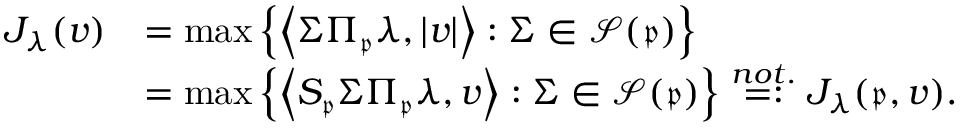
\begin{array} { r l } { J _ { \boldsymbol { \lambda } } ( v ) } & { = \operatorname* { m a x } \left\{ \left\langle \Sigma \Pi _ { \mathfrak { p } } \boldsymbol { \lambda } , \vert v \vert \right\rangle : \Sigma \in \mathcal { S } ( \mathfrak { p } ) \right\} } \\ & { = \operatorname* { m a x } \left\{ \left\langle S _ { \mathfrak { p } } \Sigma \Pi _ { \mathfrak { p } } \boldsymbol { \lambda } , v \right\rangle : \Sigma \in \mathcal { S } ( \mathfrak { p } ) \right\} \overset { n o t . } { = : } J _ { \boldsymbol { \lambda } } ( \mathfrak { p } , v ) . } \end{array}